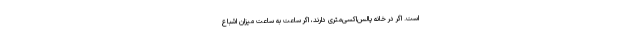
است. اگر در خانه پالس‌اکسی‌متری دارند، اگر ساعت به ساعت میزان اشباع